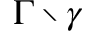
\Gamma \setminus \gamma